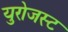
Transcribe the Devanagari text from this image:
युरोजस्ट